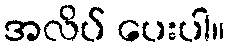
အလိပ် ပေးပါ။